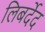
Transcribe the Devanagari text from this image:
लिबर्देद